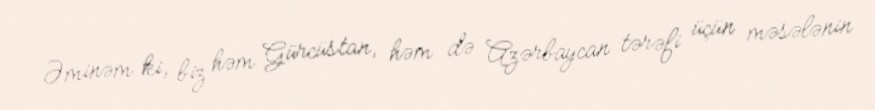
Əminəm ki, biz həm Gürcüstan, həm də Azərbaycan tərəfi üçün məsələnin